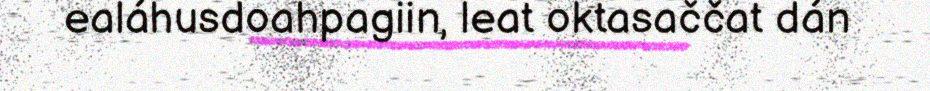
ealáhusdoahpagiin, leat oktasaččat dán